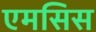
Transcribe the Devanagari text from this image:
एमसिस